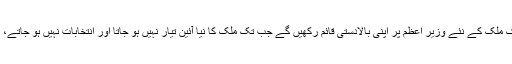
نائیجر کی فوجی بغاوت کے قائدین کا کہنا ہے کہ وہ اس وقت تک ملک کے نئے وزیر اعظم پر اپنی بالادستی قائم رکھیں گے جب تک ملک کا نیا آئین تیار نہیں ہو جاتا اور انتخابات نہیں ہو جاتے، تاہم انتخابات کے لئے ابھی کسی نئی تاریخ کا اعلان نہیں کیا گیا۔